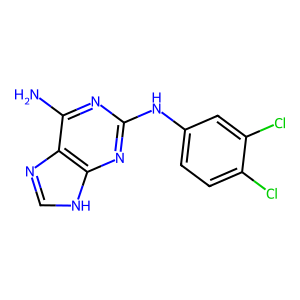
SMILES: Nc1nc(Nc2ccc(Cl)c(Cl)c2)nc2[nH]cnc12
Inhibits HIV replication: No